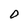
Character: D